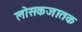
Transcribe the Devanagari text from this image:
लोसकजातक